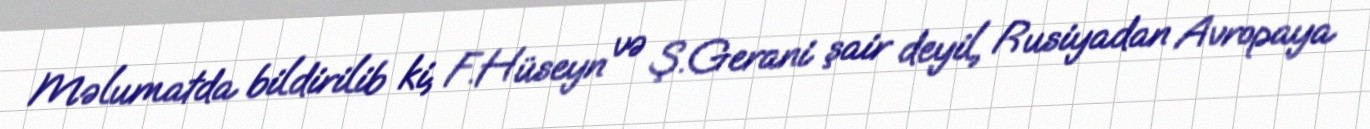
Məlumatda bildirilib ki, F.Hüseyn və Ş.Gerani şair deyil, Rusiyadan Avropaya